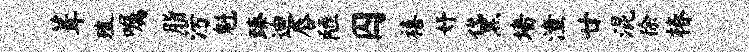
葺殖嘱脂污魁臻迪唇陋囚禧妤黛墙潼廿混徐椿